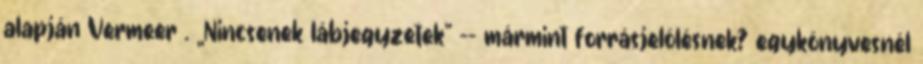
alapján Vermeer . „Nincsenek lábjegyzetek” -- mármint forrásjelölésnek? egykönyvesnél